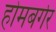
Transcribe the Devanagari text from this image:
होमबर्गर